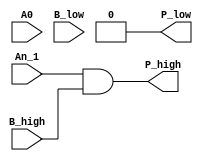
`timescale 1ns/1ns
module LUT_b_app1(
    input           A0          ,
    input           B_low       ,
    input           An_1        ,
    input           B_high      ,
    output          P_high      ,
    output          P_low       //             
);

	assign P_high = An_1 & B_high;
	assign P_low = 1'b0;

endmodule // LUT_b_app1